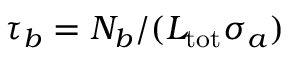
\tau _ { b } = N _ { b } / ( L _ { \mathrm { t o t } } \sigma _ { a } )